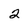
Character: 2